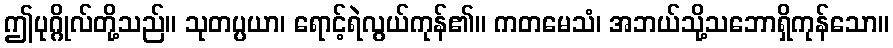
ဤပုဂ္ဂိုလ်တို့သည်။ သုတပ္ပယာ၊ ရောင့်ရဲလွယ်ကုန်၏။ ကတမေသံ၊ အဘယ်သို့သဘောရှိကုန်သော။